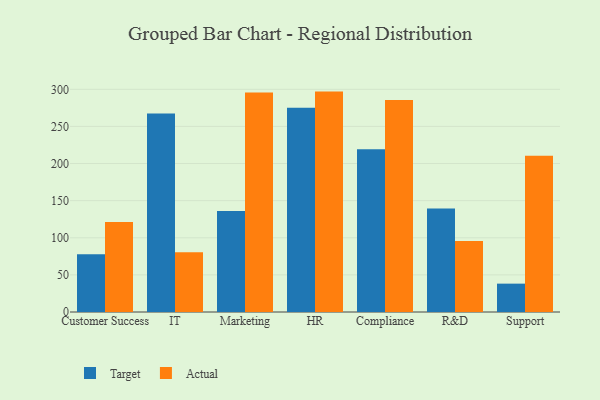
{"axis": {"x": "Department", "y": "Revenue (USD Million)"}, "legend": ["Actual", "Target"], "data": [{"x": "Customer Success", "y": 77.7, "type": "Target"}, {"x": "Customer Success", "y": 121.4, "type": "Actual"}, {"x": "IT", "y": 267.5, "type": "Target"}, {"x": "IT", "y": 80.6, "type": "Actual"}, {"x": "Marketing", "y": 136.1, "type": "Target"}, {"x": "Marketing", "y": 295.7, "type": "Actual"}, {"x": "HR", "y": 275.3, "type": "Target"}, {"x": "HR", "y": 296.9, "type": "Actual"}, {"x": "Compliance", "y": 219.1, "type": "Target"}, {"x": "Compliance", "y": 285.7, "type": "Actual"}, {"x": "R&D", "y": 139.3, "type": "Target"}, {"x": "R&D", "y": 95.5, "type": "Actual"}, {"x": "Support", "y": 38.2, "type": "Target"}, {"x": "Support", "y": 210.5, "type": "Actual"}]}